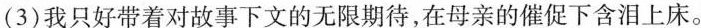
(3)我只好带着对故事下文的无限期待，在母亲的催促下含泪上床。